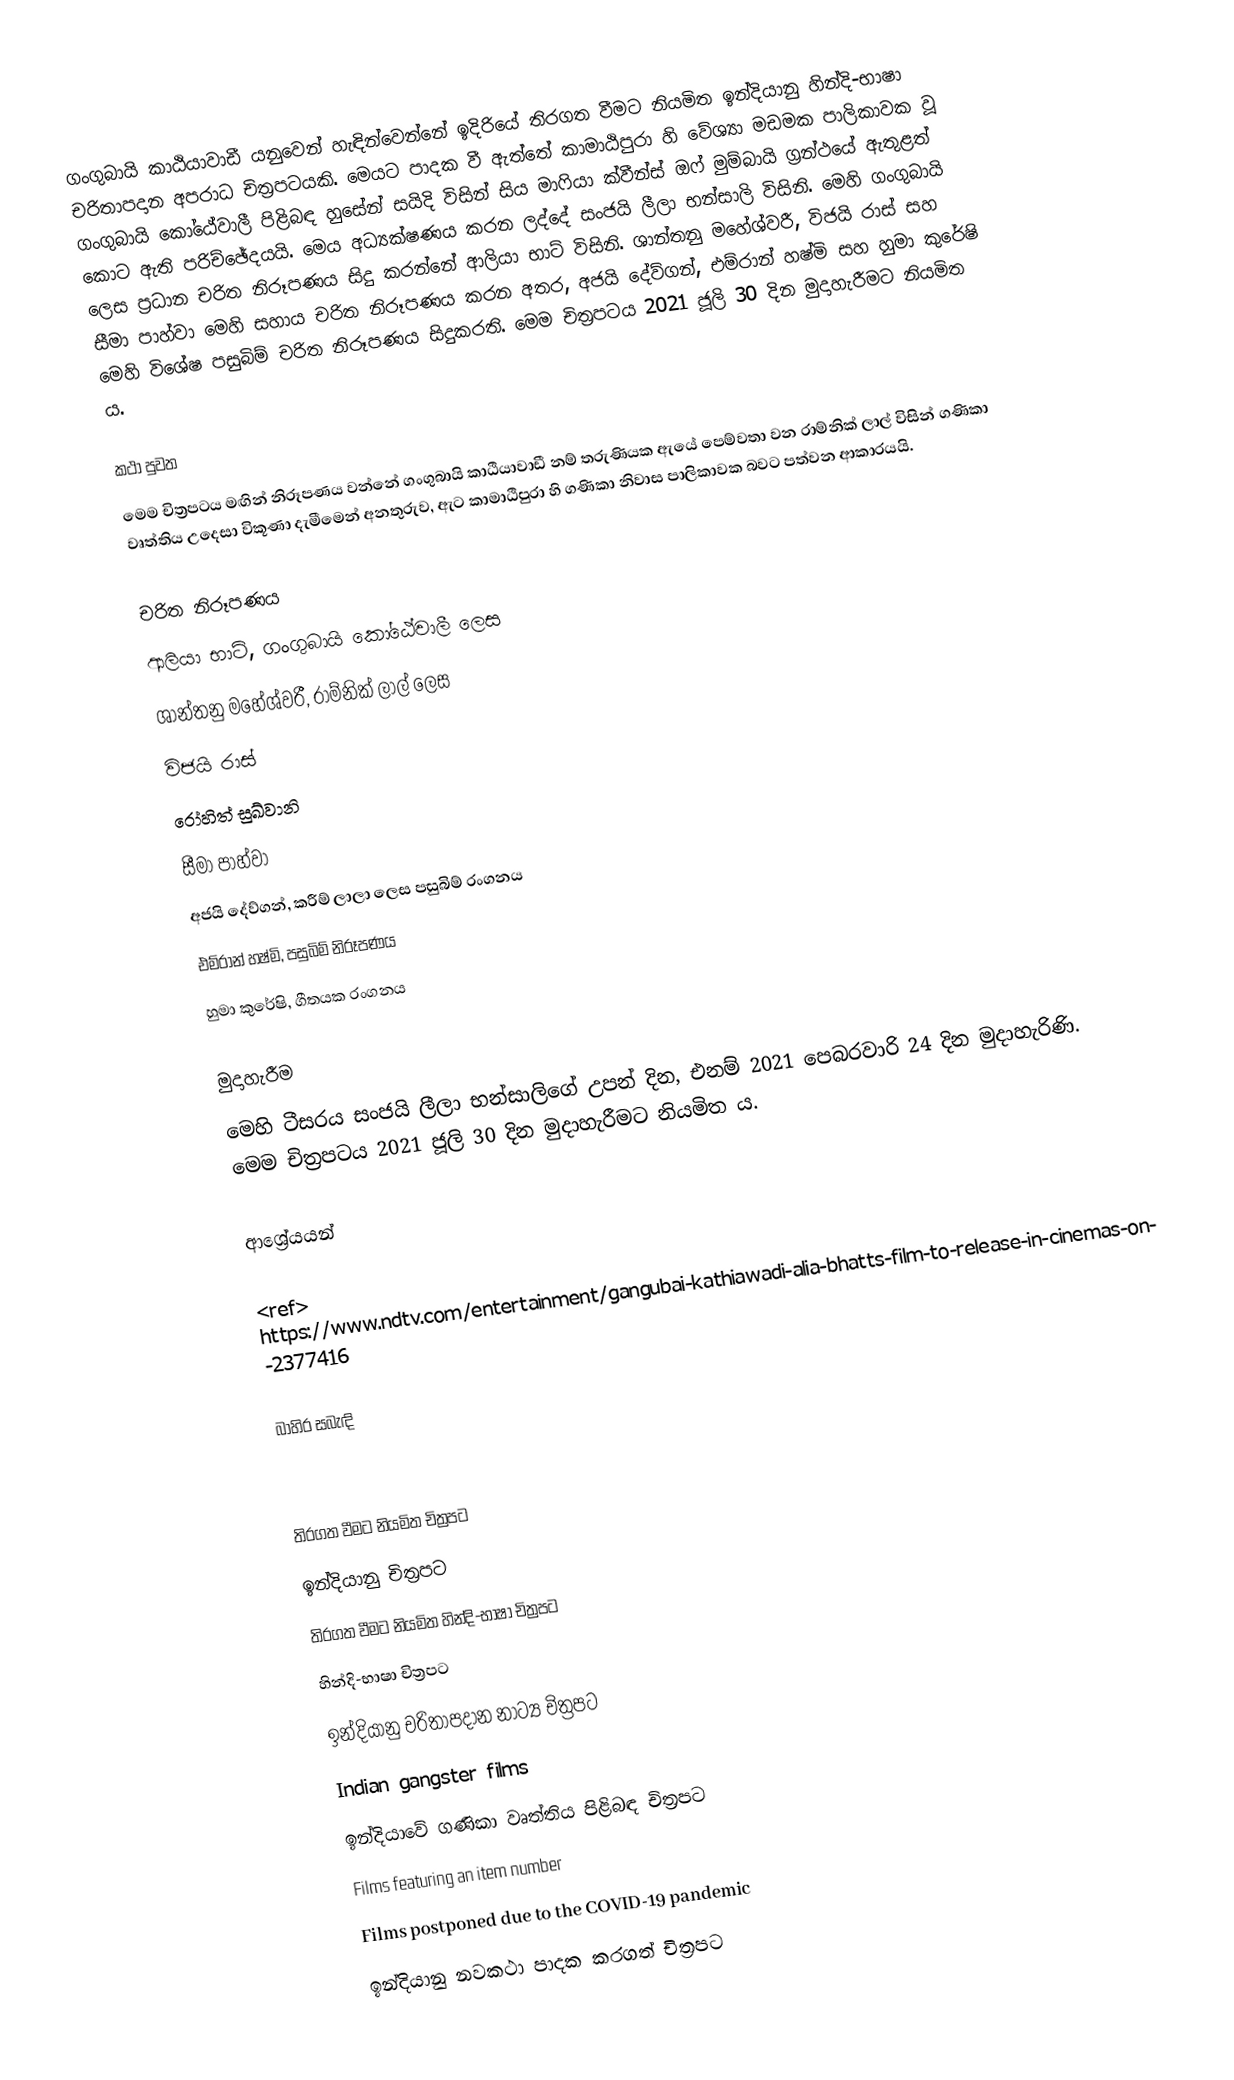
ගංගුබායි කාඨියාවාඩී යනුවෙන් හැඳින්වෙන්නේ ඉදිරියේ තිරගත වීමට නියමිත ඉන්දියානු හින්දි-භාෂා චරිතාපදාන අපරාධ චිත්‍රපටයකි. මෙයට පාදක වී ඇත්තේ කාමාඨිපුරා හි වේශ්‍යා මඩමක පාලිකාවක වූ ගංගුබායි කෝඨේවාලී පිළිබඳ හුසේන් සයිදි විසින් සිය මාෆියා ක්වීන්ස් ඔෆ් මුම්බායි ග්‍රන්ථයේ ඇතුළත් කොට ඇති පරිච්ඡේදයයි. මෙය අධ්‍යක්ෂණය කරන ලද්දේ සංජයි ලීලා භන්සාලි විසිනි. මෙහි ගංගුබායි ලෙස ප්‍රධාන චරිත නිරූපණය සිදු කරන්නේ ආලියා භාට් විසිනි. ශාන්තනු මහේශ්වරී, විජයි රාස් සහ සීමා පාහ්වා මෙහි සහාය චරිත නිරූපණය කරන අතර, අජයි දේව්ගන්, එම්රාන් හෂ්මි සහ හුමා කුරේෂි මෙහි විශේෂ පසුබිම් චරිත නිරූපණය සිදුකරති. මෙම චිත්‍රපටය 2021 ජූලි 30 දින මුදාහැරීමට නියමිත ය.

කථා පුවත
මෙම චිත්‍රපටය මඟින් නිරූපණය වන්නේ ගංගුබායි කාඨියාවාඩී නම් තරුණියක ඇයේ පෙම්වතා වන රාම්නික් ලාල් විසින් ගණිකා වෘත්තිය උදෙසා විකූණා දැමීමෙන් අනතුරුව, ඇට කාමාඨිපුරා හි ගණිකා නිවාස පාලිකාවක බවට පත්වන ආකාරයයි.

චරිත නිරූපණය
 ආලියා භාට්, ගංගුබායි කෝඨේවාලී ලෙස
 ශාන්තනු මහේශ්වරී, රාම්නික් ලාල් ලෙස
 විජයි රාස්
 රෝහිත් සුඛ්වානි
 සීමා පාහ්වා
 අජයි දේව්ගන්, කරීම් ලාලා ලෙස පසුබිම් රංගනය
 එම්රාන් හෂ්මි, පසුබිම් නිරූපණය
 හුමා කුරේෂි, ගීතයක රංගනය

මුදාහැරීම
මෙහි ටීසරය සංජයි ලීලා භන්සාලිගේ උපන් දින, එනම් 2021 පෙබරවාරි 24 දින මුදාහැරිණි. මෙම චිත්‍රපටය 2021 ජූලි 30 දින මුදාහැරීමට නියමිත ය.

ආශ්‍රේයයන්

<ref> https://www.ndtv.com/entertainment/gangubai-kathiawadi-alia-bhatts-film-to-release-in-cinemas-on-2377416

බාහිර සබැඳි

තිරගත වීමට නියමිත චිත්‍රපට
ඉන්දියානු චිත්‍රපට
තිරගත වීමට නියමිත හින්දි-භාෂා චිත්‍රපට
හින්දි-භාෂා චිත්‍රපට
ඉන්දියානු චරිතාපදාන නාට්‍ය චිත්‍රපට
Indian gangster films
ඉන්දියාවේ ගණිකා වෘත්තිය පිළිබඳ චිත්‍රපට
Films featuring an item number
Films postponed due to the COVID-19 pandemic
ඉන්දියානු නවකථා පාදක කරගත් චිත්‍රපට